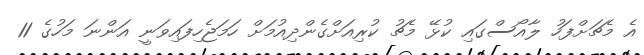
އެ މެޗަށްފަހު ލާއޯސްގައި ކުޅޭ މެޗު ކުރިއަށްގެންދިއުމަށް ހަމަޖެހިފައިވަނީ އަންނަ މަހުގެ 11